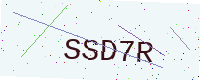
Text: SSD7R